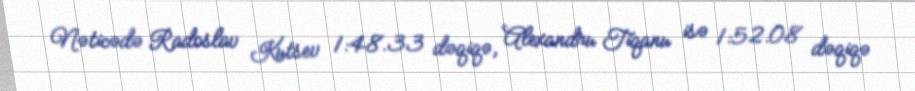
Nəticədə Radoslav Kutsev 1:48.33 dəqiqə, Alexandru Tiqanu isə 1:52.08 dəqiqə